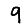
Digit: 9